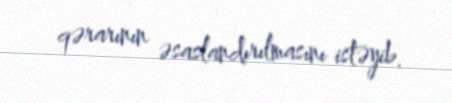
qərarının əsaslandırılmasını istəyib.